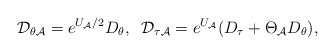
\begin{align*}{\cal D}_{\theta{\cal A}}=e^{U_{\cal A}/2}D_\theta,\;\;{\cal D}_{\tau{\cal A}}=e^{U_{\cal A}}(D_\tau+\Theta_{\cal A}D_\theta),\end{align*}